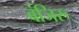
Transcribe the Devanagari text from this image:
वंजिरु